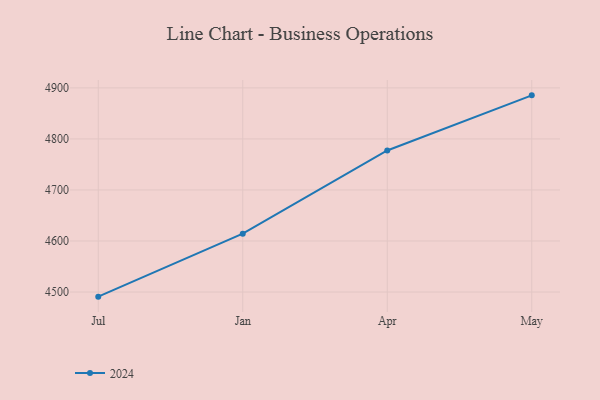
{"axis": {"x": "Month", "y": "Conversion Rate (%)"}, "legend": ["2024"], "data": [{"x": "Jul", "y": 4490.9, "type": "2024"}, {"x": "Jan", "y": 4614.3, "type": "2024"}, {"x": "Apr", "y": 4777.4, "type": "2024"}, {"x": "May", "y": 4885.4, "type": "2024"}]}